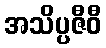
အသိပ္ပဇီဝီ